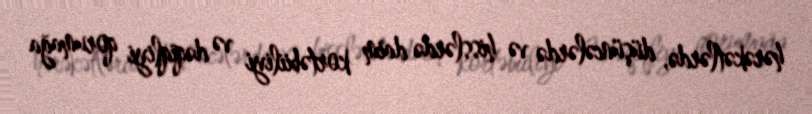
hərəkətlərdə, düşüncələrdə və hisslərdə daim kortəbiiliyi və dəqiqliyi qorumağa